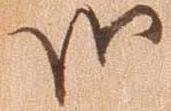
御